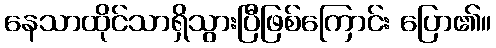
နေသာထိုင်သာရှိသွားပြီဖြစ်ကြောင်း ပြော၏။